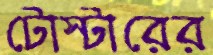
টোস্টারের